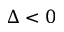
\Delta < 0